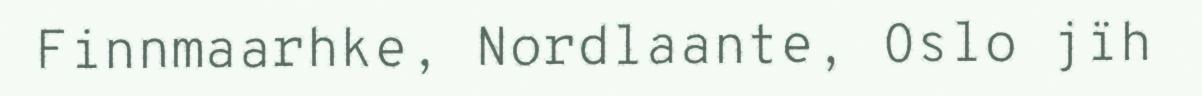
Finnmaarhke, Nordlaante, Oslo jïh